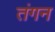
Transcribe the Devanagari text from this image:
तंगन